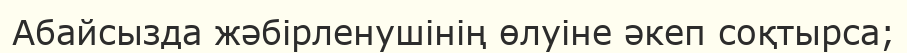
Абайсызда жәбірленушінің өлуіне әкеп соқтырса;